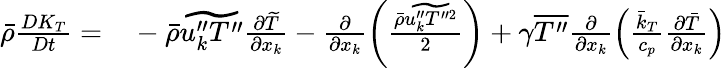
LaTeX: \begin{array}{rl}{\bar{\rho}\frac{DK_{T}}{Dt}=}&{{}-\bar{\rho}\widetilde{u_{k}^{\prime\prime}T^{\prime\prime}}\frac{\partial\widetilde{T}}{\partial x_{k}}-\frac{\partial}{\partial x_{k}}\left(\frac{\bar{\rho}\widetilde{u_{k}^{\prime\prime}T^{\prime\prime 2}}}{2}\right)+\gamma\overline{{T^{\prime\prime}}}\frac{\partial}{\partial x_{k}}\left(\frac{\bar{k}_{T}}{c_{p}}\frac{\partial\bar{T}}{\partial x_{k}}\right)}\end{array}